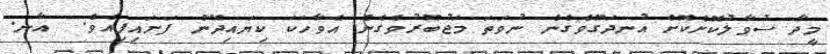
މީދާ ސުވާލުކޮށްކޮށް އުނދަގޫވެގެން ނުވަތަ މަޖުބޫރުވެގެން އެވާހަކަ ކިޔައިދޭން ފަށައިފިއެވެ.  އާނ.